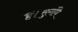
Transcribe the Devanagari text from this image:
हैं।सुगंधि